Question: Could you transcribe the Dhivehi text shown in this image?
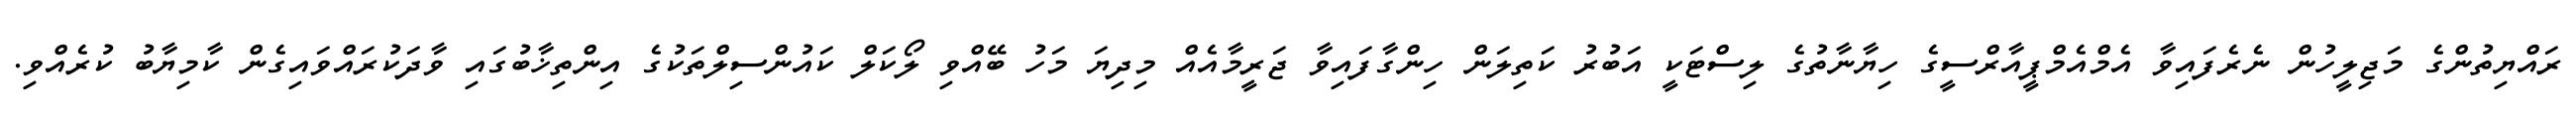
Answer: ރައްޔިތުންގެ މަޖިލީހުން ނެރެފައިވާ އެމްއެމްޕީއާރްސީގެ ހިޔާނާތުގެ ލިސްޓަކީ އަބުރު ކަތިލަން ހިންގާފައިވާ ޖަރީމާއެއް މިދިޔަ މަހު ބޭއްވި ލޯކަލް ކައުންސިލްތަކުގެ އިންތިޚާބުގައި ވާދަކުރައްވައިގެން ކާމިޔާބު ކުރެއްވި.